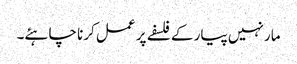
مار نہیں پیار کے فلسفے پر عمل کرنا چاہئے۔